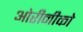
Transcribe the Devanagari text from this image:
ओरीनीको